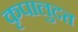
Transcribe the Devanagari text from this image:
कृपालुदत्त